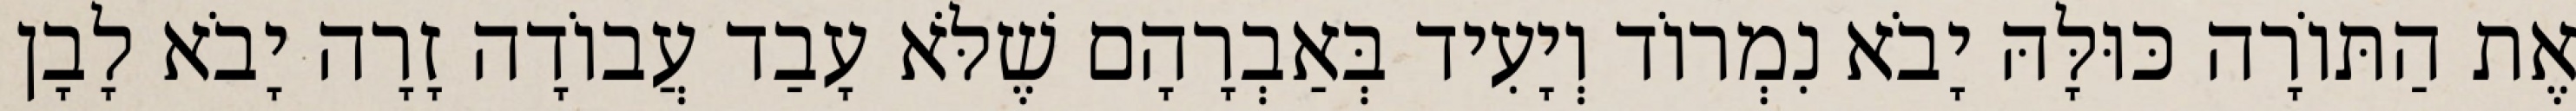
אֶת הַתּוֹרָה כּוּלָּהּ יָבֹא נִמְרוֹד וְיָעִיד בְּאַבְרָהָם שֶׁלֹּא עָבַד עֲבוֹדָה זָרָה יָבֹא לָבָן